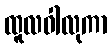
ထူလဝါလုကာ